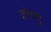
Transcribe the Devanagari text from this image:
गेन्टू